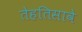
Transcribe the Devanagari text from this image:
तेहतिसावे